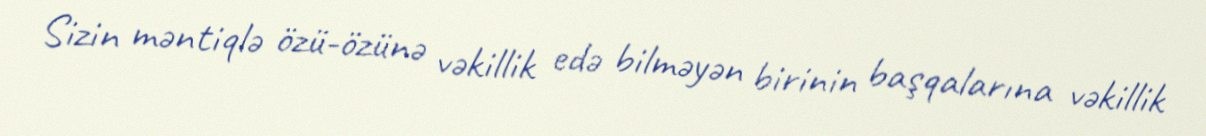
Sizin məntiqlə özü-özünə vəkillik edə bilməyən birinin başqalarına vəkillik